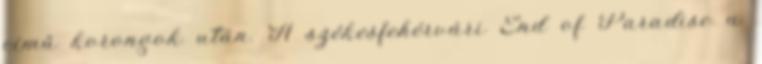
című korongok után. A székesfehérvári End of Paradise a